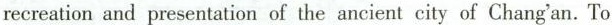
recreation and presentation of the ancient city of Chang'an. To